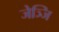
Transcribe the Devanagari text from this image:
जेञ्जि